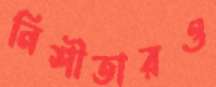
নিশীতারও